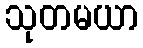
သုတမယာ